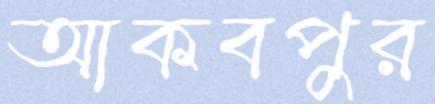
আকবপুর